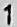
1